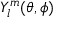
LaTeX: Y _ { l } ^ { m } ( \theta , \phi )